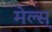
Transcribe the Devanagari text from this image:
मेल्स्